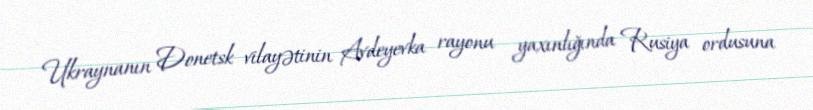
Ukraynanın Donetsk vilayətinin Avdeyevka rayonu yaxınlığında Rusiya ordusuna